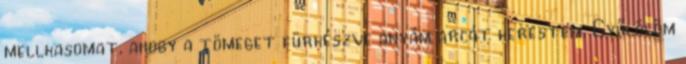
mellkasomat, ahogy a tömeget fürkészve anyám arcát kerestem. Gyűlölöm